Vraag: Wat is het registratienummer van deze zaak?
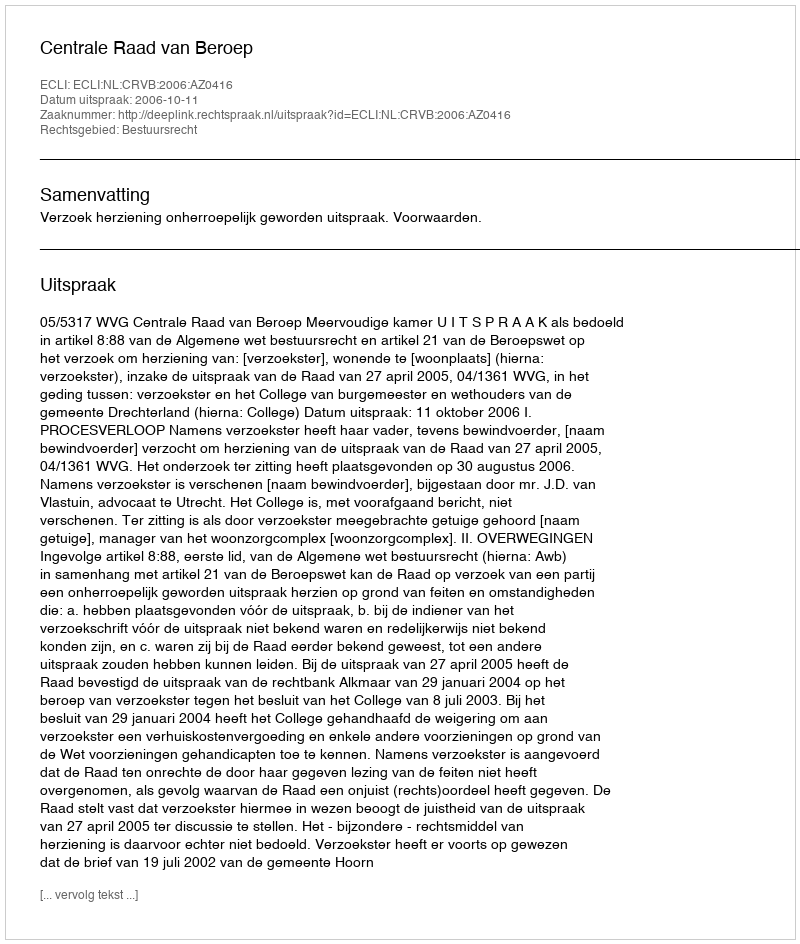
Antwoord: http://deeplink.rechtspraak.nl/uitspraak?id=ECLI:NL:CRVB:2006:AZ0416